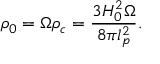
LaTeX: \rho _ { 0 } = \Omega \rho _ { c } = \frac { 3 H _ { 0 } ^ { 2 } \Omega } { 8 \pi l _ { p } ^ { 2 } } .